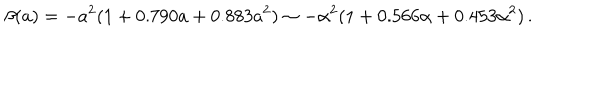
\beta ( a ) = - a ^ { 2 } ( 1 + 0 . 7 9 0 a + 0 . 8 8 3 a ^ { 2 } ) \sim - \alpha ^ { 2 } ( 1 + 0 . 5 6 6 \alpha + 0 . 4 5 3 \alpha ^ { 2 } ) \, .